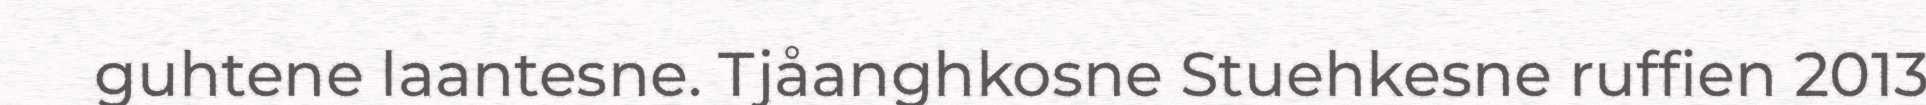
guhtene laantesne. Tjåanghkosne Stuehkesne ruffien 2013